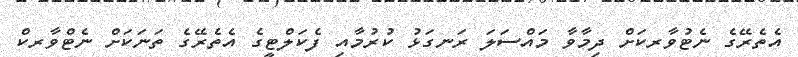
އެތެރޭގެ ނެޓުވާރކަށް ދިމާވާ މައްސަލަ ރަނގަޅު ކުރުމާއި ފެކަލްޓީގެ އެތެރޭގެ ތަނަކަށް ނެޓްވާރކް